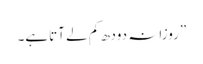
”روزانہ دودھ کم لے آتاہے۔